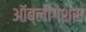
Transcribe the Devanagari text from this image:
ऑब्लीगेशंस